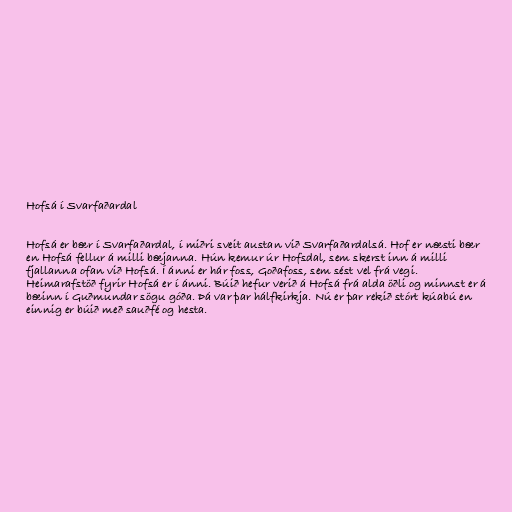
Hofsá í Svarfaðardal

Hofsá er bær í Svarfaðardal, í miðri sveit austan við Svarfaðardalsá. Hof er næsti bær
en Hofsá fellur á milli bæjanna. Hún kemur úr Hofsdal, sem skerst inn á milli
fjallanna ofan við Hofsá. Í ánni er hár foss, Goðafoss, sem sést vel frá vegi.
Heimarafstöð fyrir Hofsá er í ánni. Búið hefur verið á Hofsá frá alda öðli og minnst er á
bæinn í Guðmundar sögu góða. Þá var þar hálfkirkja. Nú er þar rekið stórt kúabú en
einnig er búið með sauðfé og hesta.